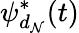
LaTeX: \psi_{d_{\mathcal{N}}}^{*}(t)